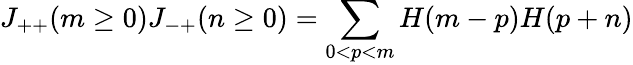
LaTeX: J_{++}(m\ge 0)J_{-+}(n\ge 0)=\sum_{0<p<m}H(m-p)H(p+n)